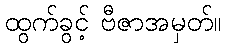
ထွက်ခွင့် ဗီဇာအမှတ်။